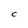
Character: C